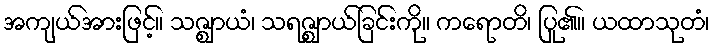
အကျယ်အားဖြင့်။ သဇ္ဈာယံ၊ သရဇ္ဈာယ်ခြင်းကို။ ကရောတိ၊ ပြု၏။ ယထာသုတံ၊